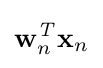
\mathbf {w} _{n}^{\mathit {T}}\mathbf {x} _{n}